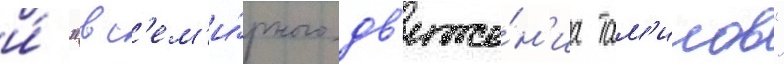
и́ "вс'ем'и́рного дв'иже́н'иа там'илов"